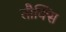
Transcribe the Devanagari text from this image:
तौक्सि